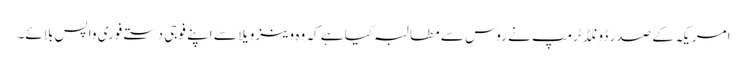
امریکہ کے صدر ڈونلڈ ٹرمپ نے روس سے مطالبہ کیا ہے کہ وہ وینزویلا سے اپنے فوجی دستے فوری واپس بلائے۔